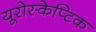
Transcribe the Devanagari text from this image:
यूरोस्केप्टिक